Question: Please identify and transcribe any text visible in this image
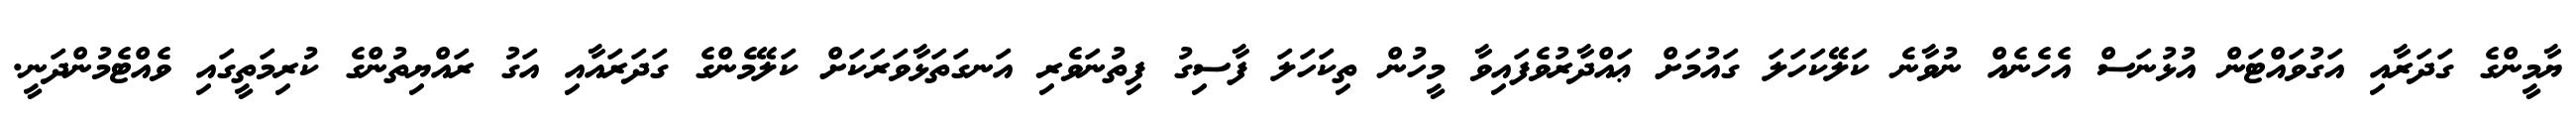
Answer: ޔާމީންގެ ގަދަރާއި އަގުވައްޓަން އުޅުނަސް އެހެނެއް ނުވާނެ ކަލޭކަހަލަ ގައުމަށް ޢައްދާރުވެފައިވާ މީހުން ތިކަހަލަ ފާސިގު ފިތުނަވެރި އަނގަތަޅާވަރަކަށް ކަލޭމެންގެ ގަދަރައާއި އަގު ރައްޔިތުންގެ ކުރިމަތީގައި ވެއްޓެމުންދަނީ.